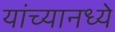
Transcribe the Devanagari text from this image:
यांच्यानध्ये